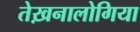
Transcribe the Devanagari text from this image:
तेख़नालोगिया